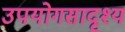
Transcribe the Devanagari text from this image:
उपयोगसादृश्य